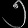
Digit: ၅